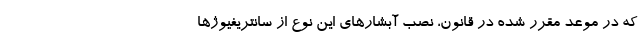
که در موعد مقرر شده در قانون، نصب آبشارهای این نوع از سانتریفیوژها